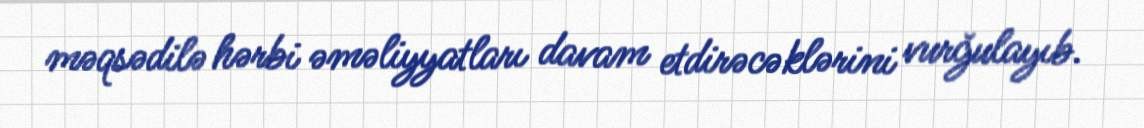
məqsədilə hərbi əməliyyatları davam etdirəcəklərini vurğulayıb.